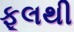
ફૂલથી